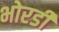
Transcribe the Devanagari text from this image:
भोरडी